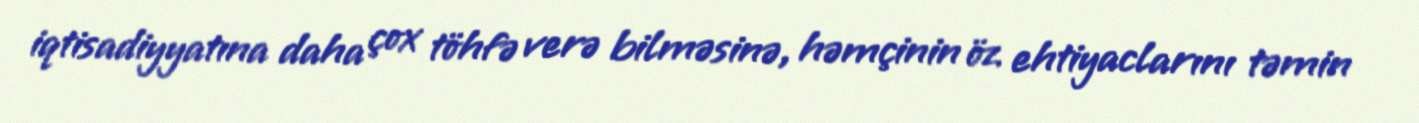
iqtisadiyyatına daha çox töhfə verə bilməsinə, həmçinin öz ehtiyaclarını təmin